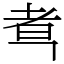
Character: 䎞